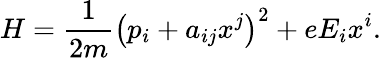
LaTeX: H=\frac{1}{2m}\left(p_{i}+a_{ij}x^{j}\right)^{2}+eE_{i}x^{i}.